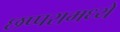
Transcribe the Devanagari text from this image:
छप्परामध्ये